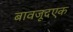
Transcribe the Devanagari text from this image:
बावजूदएक